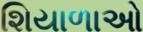
શિયાળાઓ